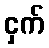
ငှက်